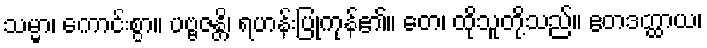
သမ္မာ၊ ကောင်းစွာ။ ပဗ္ဗဇန္တိ၊ ရဟန်းပြုကုန်၏။ တေ၊ ထိုသူတို့သည်။ ဧတဒတ္ထာယ၊